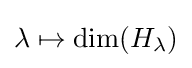
\lambda \mapsto \mathrm {dim} (H_{\lambda })